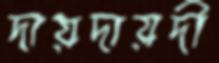
দায়দায়দী